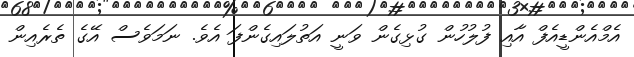
އެމްއެންޑީއެފް އާއި ފުލުހުން ގުޅިގެން ވަނީ އަތުލައިގެންފަ އެވެ. ނަމަވެސް އޭގެ ތެރެއިން